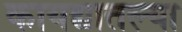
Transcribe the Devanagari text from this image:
कायद्यातल्या